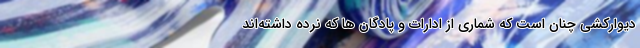
دیوار‌کِشی چنان است که شماری از ادارات و پادگان ها که نرده داشته‌اند